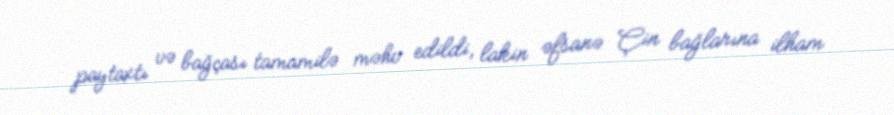
paytaxtı və bağçası tamamilə məhv edildi, lakin əfsanə Çin bağlarına ilham